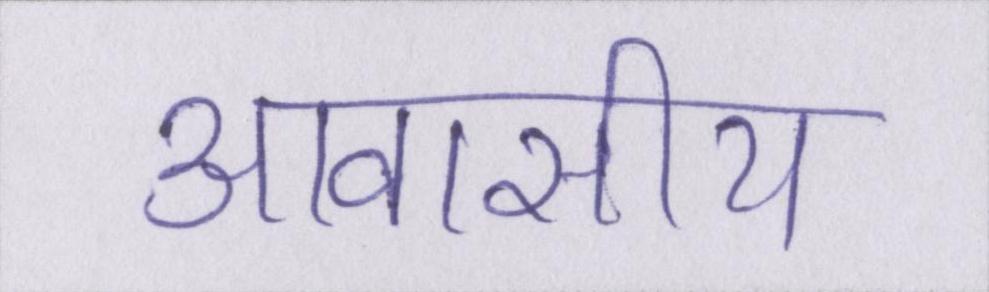
आवासीय